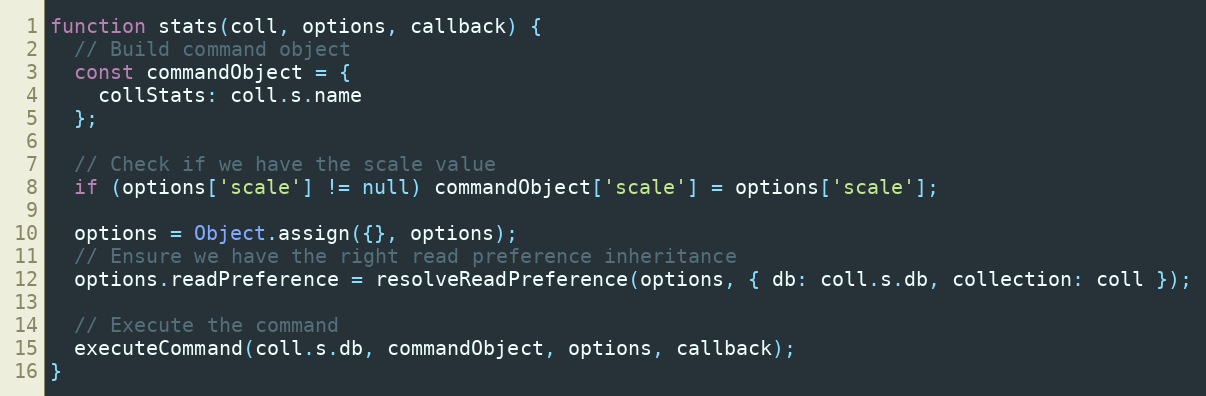
Language: JavaScript
function stats(coll, options, callback) {
  // Build command object
  const commandObject = {
    collStats: coll.s.name
  };

  // Check if we have the scale value
  if (options['scale'] != null) commandObject['scale'] = options['scale'];

  options = Object.assign({}, options);
  // Ensure we have the right read preference inheritance
  options.readPreference = resolveReadPreference(options, { db: coll.s.db, collection: coll });

  // Execute the command
  executeCommand(coll.s.db, commandObject, options, callback);
}